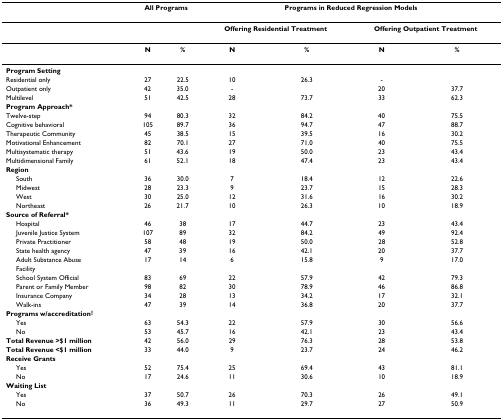
<table><thead><tr><td></td><td colspan="2"><b>All Programs</b></td><td colspan="4"><b>Programs in Reduced Regression Models</b></td></tr></thead><tbody><tr><td></td><td></td><td></td><td colspan="2"><b>Offering Residential Treatment</b></td><td colspan="2"><b>Offering Outpatient Treatment</b></td></tr><tr><td></td><td><b>N</b></td><td><b>%</b></td><td><b>N</b></td><td><b>%</b></td><td><b>N</b></td><td><b>%</b></td></tr><tr><td><b>Program Setting</b></td><td></td><td></td><td></td><td></td><td></td><td></td></tr><tr><td>Residential only</td><td>27</td><td>22.5</td><td>10</td><td>26.3</td><td>-</td><td></td></tr><tr><td>Outpatient only</td><td>42</td><td>35.0</td><td>-</td><td></td><td>20</td><td>37.7</td></tr><tr><td>Multilevel</td><td>51</td><td>42.5</td><td>28</td><td>73.7</td><td>33</td><td>62.3</td></tr><tr><td><b>Program Approach*</b></td><td></td><td></td><td></td><td></td><td></td><td></td></tr><tr><td>Twelve-step</td><td>94</td><td>80.3</td><td>32</td><td>84.2</td><td>40</td><td>75.5</td></tr><tr><td>Cognitive behavioral</td><td>105</td><td>89.7</td><td>36</td><td>94.7</td><td>47</td><td>88.7</td></tr><tr><td>Therapeutic Community</td><td>45</td><td>38.5</td><td>15</td><td>39.5</td><td>16</td><td>30.2</td></tr><tr><td>Motivational Enhancement</td><td>82</td><td>70.1</td><td>27</td><td>71.0</td><td>40</td><td>75.5</td></tr><tr><td>Multisystematic therapy</td><td>51</td><td>43.6</td><td>19</td><td>50.0</td><td>23</td><td>43.4</td></tr><tr><td>Multidimensional Family</td><td>61</td><td>52.1</td><td>18</td><td>47.4</td><td>23</td><td>43.4</td></tr><tr><td><b>Region</b></td><td></td><td></td><td></td><td></td><td></td><td></td></tr><tr><td> South</td><td>36</td><td>30.0</td><td>7</td><td>18.4</td><td>12</td><td>22.6</td></tr><tr><td> Midwest</td><td>28</td><td>23.3</td><td>9</td><td>23.7</td><td>15</td><td>28.3</td></tr><tr><td> West</td><td>30</td><td>25.0</td><td>12</td><td>31.6</td><td>16</td><td>30.2</td></tr><tr><td> Northeast</td><td>26</td><td>21.7</td><td>10</td><td>26.3</td><td>10</td><td>18.9</td></tr><tr><td><b>Source of Referral*</b></td><td></td><td></td><td></td><td></td><td></td><td></td></tr><tr><td> Hospital</td><td>46</td><td>38</td><td>17</td><td>44.7</td><td>23</td><td>43.4</td></tr><tr><td> Juvenile Justice System</td><td>107</td><td>89</td><td>32</td><td>84.2</td><td>49</td><td>92.4</td></tr><tr><td> Private Practitioner</td><td>58</td><td>48</td><td>19</td><td>50.0</td><td>28</td><td>52.8</td></tr><tr><td> State health agency</td><td>47</td><td>39</td><td>16</td><td>42.1</td><td>20</td><td>37.7</td></tr><tr><td> Adult Substance Abuse</td><td>17</td><td>14</td><td>6</td><td>15.8</td><td>9</td><td>17.0</td></tr><tr><td> Facility</td><td></td><td></td><td></td><td></td><td></td><td></td></tr><tr><td> School System Official</td><td>83</td><td>69</td><td>22</td><td>57.9</td><td>42</td><td>79.3</td></tr><tr><td> Parent or Family Member</td><td>98</td><td>82</td><td>30</td><td>78.9</td><td>46</td><td>86.8</td></tr><tr><td> Insurance Company</td><td>34</td><td>28</td><td>13</td><td>34.2</td><td>17</td><td>32.1</td></tr><tr><td> Walk-ins</td><td>47</td><td>39</td><td>14</td><td>36.8</td><td>20</td><td>37.7</td></tr><tr><td><b>Programs w/accreditation<sup>†</sup></b></td><td></td><td></td><td></td><td></td><td></td><td></td></tr><tr><td> Yes</td><td>63</td><td>54.3</td><td>22</td><td>57.9</td><td>30</td><td>56.6</td></tr><tr><td> No</td><td>53</td><td>45.7</td><td>16</td><td>42.1</td><td>23</td><td>43.4</td></tr><tr><td><b>Total Revenue &gt;$1 million</b></td><td>42</td><td>56.0</td><td>29</td><td>76.3</td><td>28</td><td>53.8</td></tr><tr><td><b>Total Revenue &lt;$1 million</b></td><td>33</td><td>44.0</td><td>9</td><td>23.7</td><td>24</td><td>46.2</td></tr><tr><td><b>Receive Grants</b></td><td></td><td></td><td></td><td></td><td></td><td></td></tr><tr><td> Yes</td><td>52</td><td>75.4</td><td>25</td><td>69.4</td><td>43</td><td>81.1</td></tr><tr><td> No</td><td>17</td><td>24.6</td><td>11</td><td>30.6</td><td>10</td><td>18.9</td></tr><tr><td><b>Waiting List</b></td><td></td><td></td><td></td><td></td><td></td><td></td></tr><tr><td> Yes</td><td>37</td><td>50.7</td><td>26</td><td>70.3</td><td>26</td><td>49.1</td></tr><tr><td> No</td><td>36</td><td>49.3</td><td>11</td><td>29.7</td><td>27</td><td>50.9</td></tr></tbody></table>